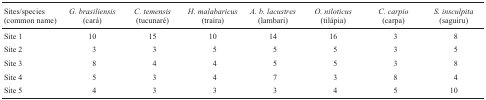
| Sites/species (common name) | G. brasiliensis (cará) | C. temensis (tucunaré) | H. malabaricus (traíra) | A. b. lacustres (lambari) | O. niloticus (tilápia) | C. carpio (carpa) | S. insculpita (saguiru) |
 | --- | --- | --- | --- | --- | --- | --- | --- |
 | Site 1 | 10 | 15 | 10 | 14 | 16 | 3 | 8 |
 | Site 2 | 3 | 3 | 5 | 5 | 5 | 3 | 5 |
 | Site 3 | 8 | 4 | 4 | 5 | 5 | 3 | 8 |
 | Site 4 | 5 | 3 | 4 | 7 | 3 | 8 | 4 |
 | Site 5 | 4 | 3 | 3 | 3 | 4 | 5 | 10 |